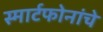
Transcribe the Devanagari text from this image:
स्मार्टफोनांचे